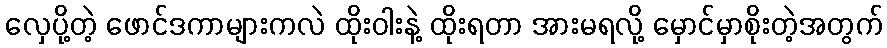
လှေပို့တဲ့ ဖောင်ဒကာများကလဲ ထိုးဝါးနဲ့ ထိုးရတာ အားမရလို့ မှောင်မှာစိုးတဲ့အတွက်